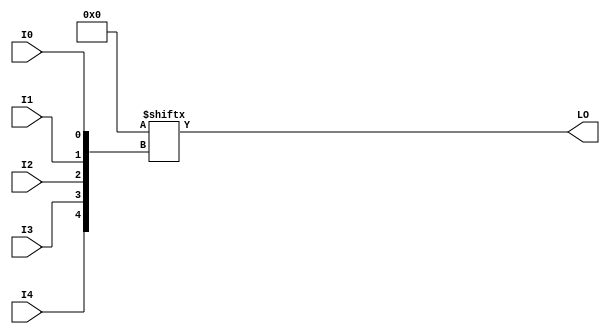
// This program was cloned from: https://github.com/fredrequin/verilator_xilinx
// License: BSD 2-Clause "Simplified" License

`ifdef verilator3
`else
`timescale 1 ps / 1 ps
`endif
//
// LUT5_L primitive for Xilinx FPGAs
// Compatible with Verilator tool (www.veripool.org)
// Copyright (c) 2019-2022 Frdric REQUIN
// License : BSD
//

/* verilator coverage_off */
module LUT5_L
#(
    parameter [31:0] INIT = 32'h00000000
)
(
    input  wire I0, I1, I2, I3, I4,
    output wire LO
);
    wire [4:0] _w_idx = { I4, I3, I2, I1, I0 };
    
    assign LO = INIT[_w_idx];

endmodule
/* verilator coverage_on */